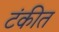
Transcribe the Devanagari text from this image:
टंकीत